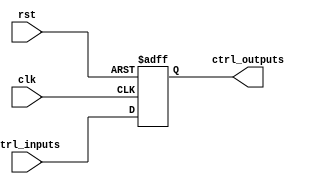
module ControlRegister (
    input wire clk,                // Clock signal
    input wire rst,                // Reset signal
    input wire [N-1:0] ctrl_inputs, // Control inputs (N bits)
    output reg [N-1:0] ctrl_outputs // Control outputs (N bits)
);
    
    parameter N = 8; // Define the number of bits for the control register

    // Asynchronous reset and capturing ctrl_inputs on clock edge
    always @(posedge clk or posedge rst) begin
        if (rst) begin
            ctrl_outputs <= {N{1'b0}}; // Resetting control outputs to 0
        end else begin
            ctrl_outputs <= ctrl_inputs; // Capture control inputs on clock edge
        end
    end

endmodule